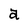
Character: a